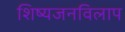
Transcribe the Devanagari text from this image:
शिष्यजनविलाप